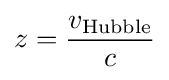
z={\frac {v_{\text{Hubble}}}{c}}